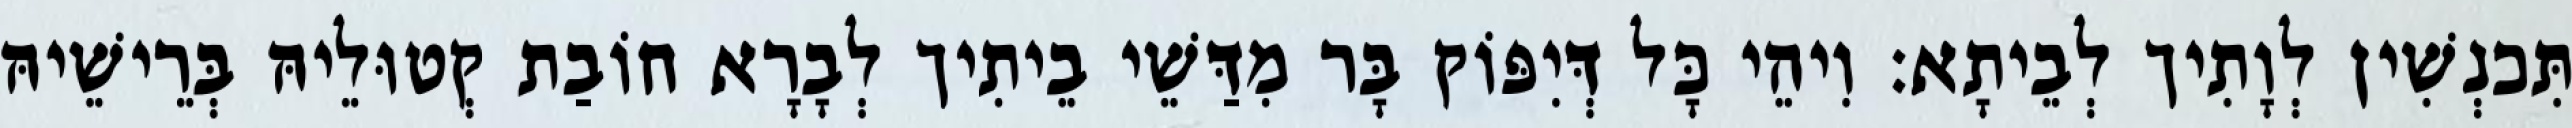
תִּכנְשִׁין לְוָתִיך לְבֵיתָא׃ וִיהֵי כָּל דְּיִפּוֹק בָּר מִדַּשֵׁי בֵיתִיך לְבָרָא חוֹבַת קְטוּלֵיהּ בְּרֵישֵׁיהּ